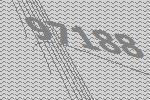
97188